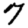
Digit: 7